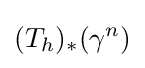
(T_{h})_{*}(\gamma ^{n})